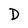
Character: D